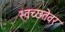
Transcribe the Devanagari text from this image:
स्वच्छतेवर